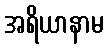
အရိယာနာမ